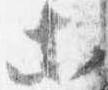
等